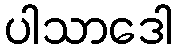
ပါသာဒေါ